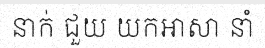
នាក់ ជួយ យកអាសា នាំ